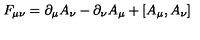
F _ { \mu \nu } = \partial _ { \mu } A _ { \nu } - \partial _ { \nu } A _ { \mu } + [ A _ { \mu } , A _ { \nu } ]